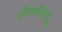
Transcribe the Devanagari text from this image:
शौक़वैल्यू